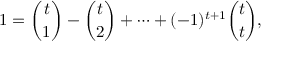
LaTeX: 1 = { \binom { t } { 1 } } - { \binom { t } { 2 } } + \cdots + ( - 1 ) ^ { t + 1 } { \binom { t } { t } } ,